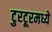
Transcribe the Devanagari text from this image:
टुरटूरमध्ये